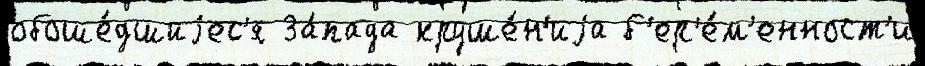
обоше́дшиjес'я За́пада круше́н'иjа б'ер'е́м'енност'и